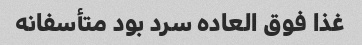
غذا فوق العاده سرد بود متأسفانه